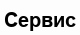
Сервис